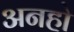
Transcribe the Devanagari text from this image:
अनहो